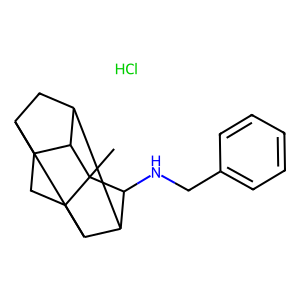
SMILES: CC12C3CC4C5CC(C(C53)C1NCc1ccccc1)C42.Cl
Inhibits HIV replication: No